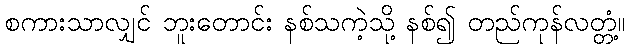
စကားသာလျှင် ဘူးတောင်း နစ်သကဲ့သို့ နစ်၍ တည်ကုန်လတ္တံ့။